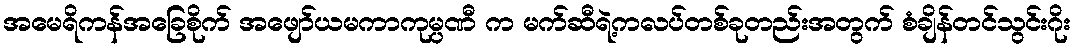
အမေရိကန်အခြေစိုက် အဖျော်ယမကာကုမ္ပဏီ က မက်ဆီရဲ့ကလပ်တစ်ခုတည်းအတွက် စံချိန်တင်သွင်းဂိုး